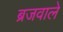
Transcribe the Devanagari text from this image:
ब्रजवाले